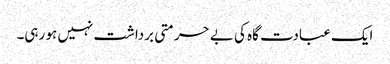
ایک عبادت گاہ کی بے حرمتی برداشت نہیں ہو رہی۔